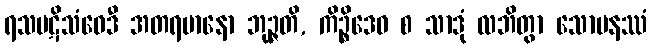
ရသပဋိသံဝေဒီ အတရမာနော ဘုဉ္ဇတိ, ကိဉ္စိဒေဝ စ သာဒုံ လဘိတွာ သောမနဿံ